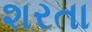
શરતા